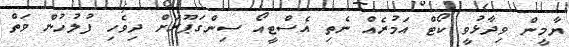
ޔާމީން ވިދާޅުވީ ކޯޓް އަމުރެއް ނެތި އެސްޓީއޯ ސިންގަޕޫރަށް ދިވެހި ފުލުހުން ވަތް